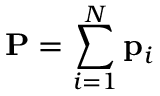
\mathbf { P } = \sum _ { i = 1 } ^ { N } \mathbf { p } _ { i }